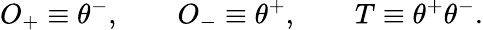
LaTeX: O_{+}\equiv\theta^{-},\qquad O_{-}\equiv\theta^{+},\qquad T\equiv\theta^{+}\theta^{-}.